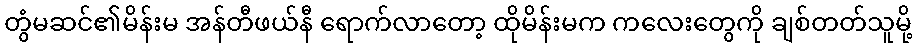
တွံမဆင်၏မိန်းမ အန်တီဖယ်နီ ရောက်လာတော့ ထိုမိန်းမက ကလေးတွေကို ချစ်တတ်သူမို့